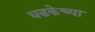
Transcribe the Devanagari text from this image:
धडकेच्या